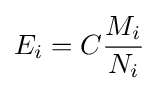
E_{i}=C{M_{i} \over N_{i}}